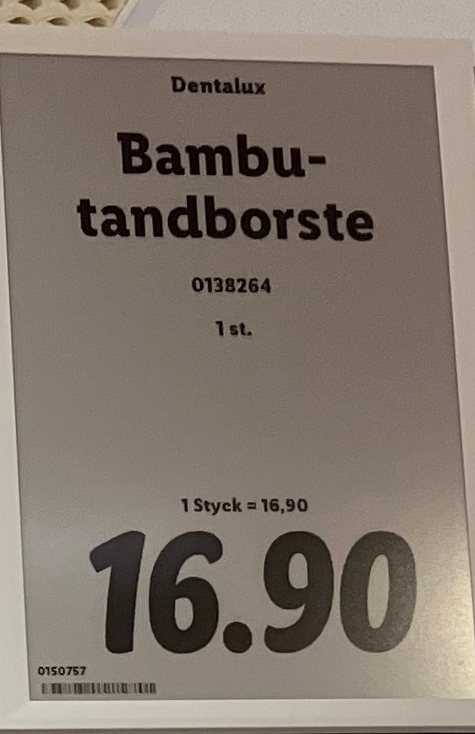
Vara: Bambu-tandborste
Genomsnittspris: 16.9 per st